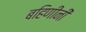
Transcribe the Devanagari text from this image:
बहिणींनी